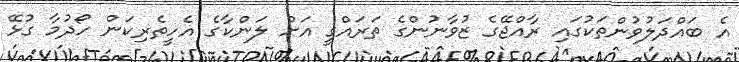
އެ ބައްދަލުވުންތަކުގައި ރާއްޖޭގެ ޒުވާނުންގެ ތަރައްގީ އަށް ލަންކާގެ އެހީތެރިކަން ހޯދުމާ ގުޅޭ